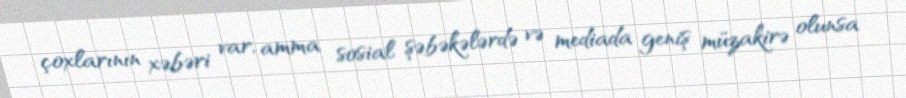
çoxlarının xəbəri var, amma sosial şəbəkələrdə və mediada geniş müzakirə olunsa